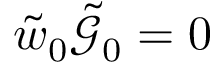
\tilde { w } _ { 0 } \tilde { \mathcal { G } } _ { 0 } = 0